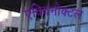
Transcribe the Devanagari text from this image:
एक्विनोक्टल